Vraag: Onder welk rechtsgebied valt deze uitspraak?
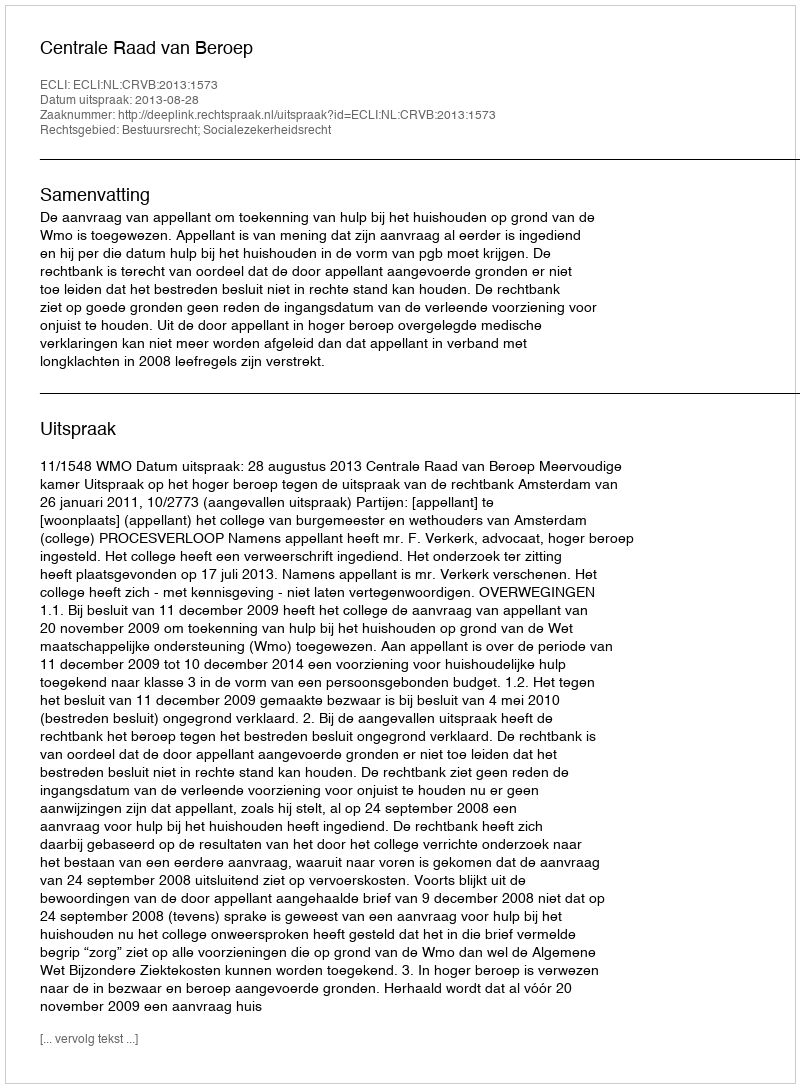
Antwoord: Bestuursrecht; Socialezekerheidsrecht